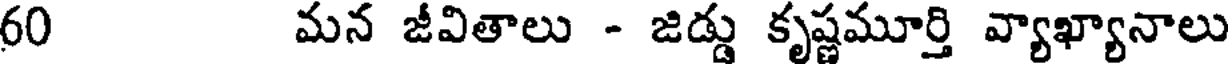
60 మన జీవితాలు - జిడ్డు కృష్ణమూర్తి వ్యాఖ్యానాలు